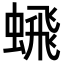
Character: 𬠞